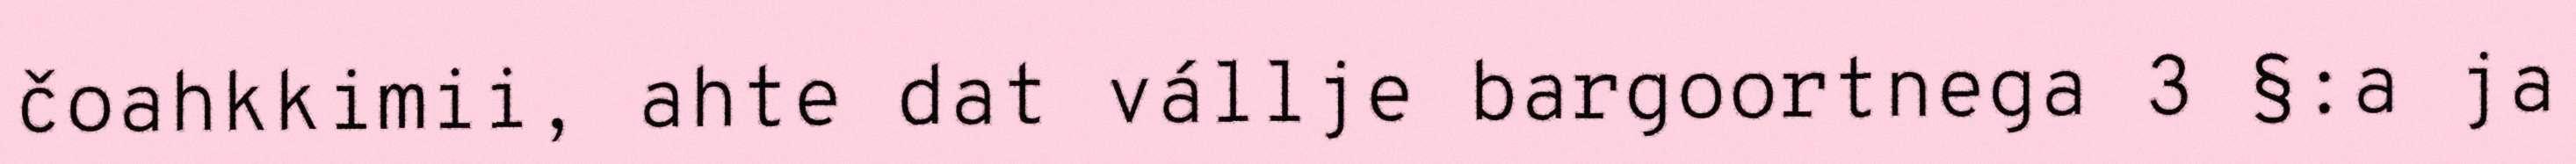
čoahkkimii, ahte dat vállje bargoortnega 3 §:a ja